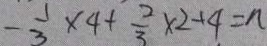
- \frac { 1 } { 3 } \times 4 + \frac { 2 } { 3 } \times 2 + 4 = n